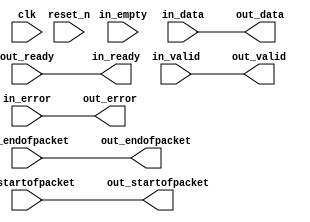
// --------------------------------------------------------------------------------
//| Avalon Streaming Data Format Adapter
// --------------------------------------------------------------------------------

`timescale 1ns / 100ps
module nios_system_avalon_st_adapter_001_data_format_adapter_0 (
    
      // Interface: clk
      input              clk,
      // Interface: reset
      input              reset_n,
      // Interface: in
      output reg         in_ready,
      input              in_valid,
      input      [31: 0] in_data,
      input      [ 5: 0] in_error,
      input              in_startofpacket,
      input              in_endofpacket,
      input      [ 1: 0] in_empty,
      // Interface: out
      input              out_ready,
      output reg         out_valid,
      output reg [31: 0] out_data,
      output reg [ 5: 0] out_error,
      output reg         out_startofpacket,
      output reg         out_endofpacket
);



   always @* begin
      in_ready = out_ready;
      out_valid = in_valid;
      out_data = in_data;
      out_error = in_error;
      out_startofpacket = in_startofpacket;
      out_endofpacket = in_endofpacket;


   end

endmodule